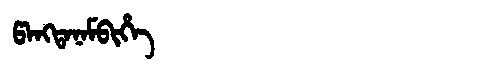
Manchu: ᡦᠠᠩᡨᠠᠨᠠᠮᠪᡳᡥᡝ
Romanization: PANGTANAMBIHE